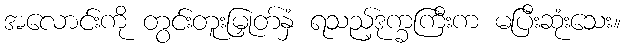
အလောင်းကို တွင်းတူးမြှုတ်နှံ ရသည့်ဒုက္ခကြီးက မပြီးဆုံးသေး။